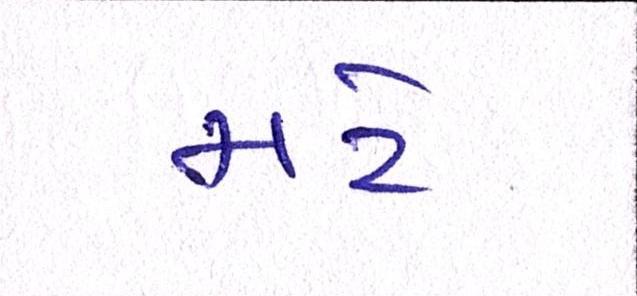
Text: મટે